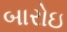
બારોઇ